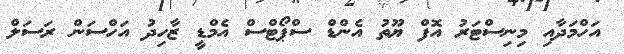
އަހްމަދާއި މިނިސްޓަރު އޮފް ޔޫތު އެންޑް ސްޕޯޓްސް އެމްޑީ ޒާހިދު އަހްސަން ރަސަލް